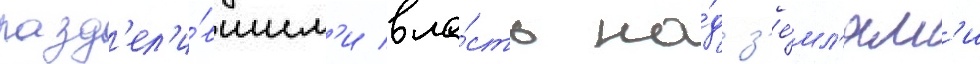
разд'ел'и́вшим'и вла́сть на́д з'е́мл'ям'и